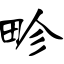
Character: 畛